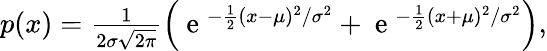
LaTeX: \begin{array}{r}{p(x)=\frac{1}{2\sigma\sqrt{2\pi}}\left(\mathrm{~e~}^{-\frac{1}{2}(x-\mu)^{2}/\sigma^{2}}+\mathrm{~e~}^{-\frac{1}{2}(x+\mu)^{2}/\sigma^{2}}\right),}\end{array}